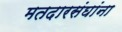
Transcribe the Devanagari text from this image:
मतदारसंघांना